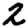
Digit: 2